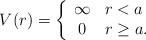
LaTeX: \begin{align*}V(r)=\left\{\begin{array}{cl} \infty & r<a \\ 0 & r\ge a.\end{array}\right.\end{align*}